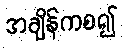
အချိန်ကစ၍